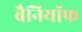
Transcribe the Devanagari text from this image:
बैनियॉफ